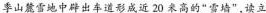
季山麓雪地中辟出车道形成近20米高的”雪墙”，读立